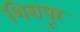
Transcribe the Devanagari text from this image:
शिरापूर